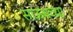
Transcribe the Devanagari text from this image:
साऊथच्या